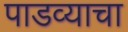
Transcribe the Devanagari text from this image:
पाडव्याचा